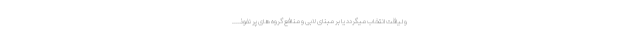
و لیاقت انتخاب میگردد یا بر مبنای لابی و منافع گروه های پر نفوذ....